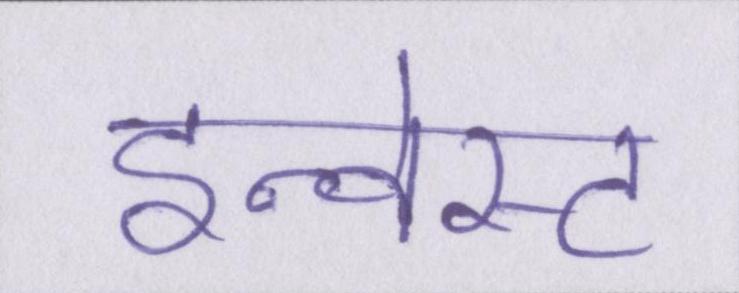
इन्वेस्ट